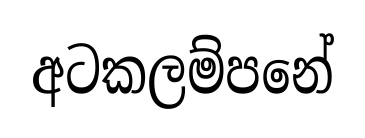
අටකලම්පනේ